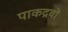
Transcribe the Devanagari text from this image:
पाकद्रवों